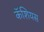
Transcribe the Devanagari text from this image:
कॅशियस